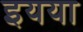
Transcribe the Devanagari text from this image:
इयया